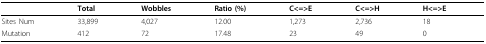
<table><thead><tr><td></td><td><b>Total</b></td><td><b>Wobbles</b></td><td><b>Ratio (%)</b></td><td><b>C&lt;=&gt;E</b></td><td><b>C&lt;=&gt;H</b></td><td><b>H&lt;=&gt;E</b></td></tr></thead><tbody><tr><td>Sites Num</td><td>33,899</td><td>4,027</td><td>12.00</td><td>1,273</td><td>2,736</td><td>18</td></tr><tr><td>Mutation</td><td>412</td><td>72</td><td>17.48</td><td>23</td><td>49</td><td>0</td></tr></tbody></table>